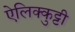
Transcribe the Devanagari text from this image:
ऐलिक्कुट्टी